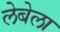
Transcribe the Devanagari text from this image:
लेबेला